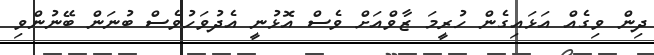
ދިން ވިގެއް އަޅައިގެން ހުރީމަ ޒާވްއަށް ވެސް އޮޅުނީ އެދުވަހުވެސް ބުނަން ބޭނުންވި